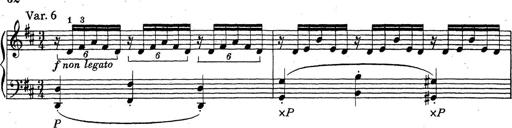
Title: ÄŒeskÃ© Sonatiny
Composer: Various